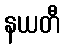
နယတီ